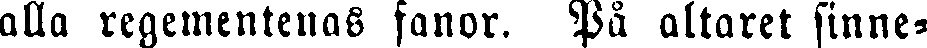
alla regementenas fanor. På altaret sinne-